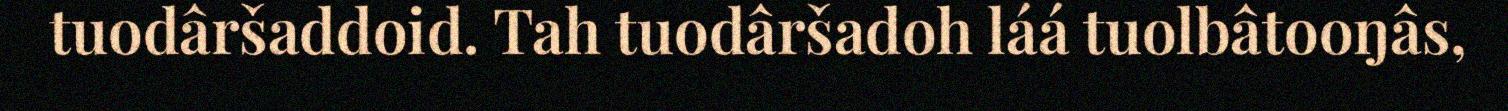
tuodâršaddoid. Tah tuodâršadoh láá tuolbâtooŋâs,